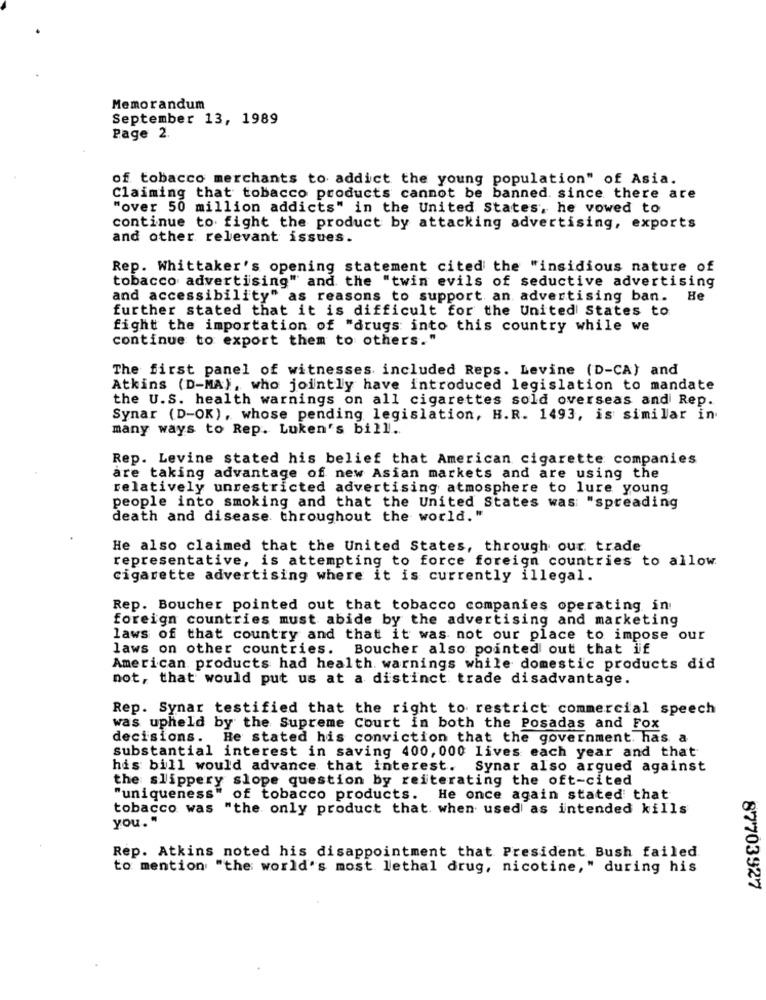
Memorandum
September 13, 1989
Page 2.
of tobacco merchants to addict the young population" of Asia.
Claiming that tobacco products cannot be banned. since there are
"over 50 million addicts" in the United States, he vowed to
continue to fight the product by attacking advertising, exports
and other relevant issues.
Rep. Whittaker's opening statement cited the "insidious nature of
tobacco advertising" and the "twin evils of seductive advertising
and accessibility" as reasons to support an advertising ban.
Be
further stated that it is difficult for the United States to
fight the importation of "drugs into this country while we
continue to export them to others."
The first panel of witnesses included Reps. Levine (D-CA) and
Atkins (D-MAJ, who jointly have introduced legislation to mandate
the U.S. health warnings on all cigarettes sold overseas and Rep.
Synar (D-OK), whose pending legislation, H.R. 1493, is similar in
many ways to Rep. Luken's bill ..
Rep. Levine stated his belief that American cigarette companies
are taking advantage of new Asian markets and are using the
relatively unrestricted advertising atmosphere to lure young
people into smoking and that the United States was: "spreading
death and disease. throughout the world."
He also claimed that the United States, through our trade
representative, is attempting to force foreign countries to allow.
cigarette advertising where it is currently illegal.
Rep. Boucher pointed out that tobacco companies operating in
foreign countries must abide by the advertising and marketing
laws of that country and that it was not our place to impose our
laws on other countries. Boucher also pointed out that if
American products had health. warnings while domestic products did
not, that would put us at a distinct trade disadvantage.
Rep. Synar testified that the right to restrict commercial speech
was upheld by the Supreme Court in both the Posadas and Fox
decisions. He stated his conviction that the government, has a
substantial interest in saving 400, 000 lives each year and that
his bill would advance that interest. Synar also argued against
the slippery slope question by reiterating the oft-cited
"uniqueness" of tobacco products. He once again stated that
tobacco was "the only product that when used as intended kills
you."
Rep. Atkins noted his disappointment that President Bush failed
to mention "the world's most lethal drug, nicotine," during his
87703927